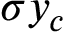
\sigma y _ { c }